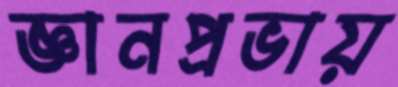
জ্ঞানপ্রভায়